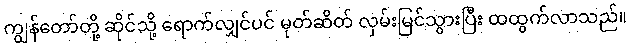
ကျွန်တော်တို့ ဆိုင်သို့ ရောက်လျှင်ပင် မုတ်ဆိတ် လှမ်းမြင်သွားပြီး ထထွက်လာသည်။